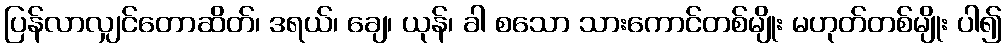
ပြန်လာလျှင်တောဆိတ်၊ ဒရယ်၊ ချေ၊ ယုန်၊ ခါ စသော သားကောင်တစ်မျိုး မဟုတ်တစ်မျိုး ပါ၍